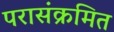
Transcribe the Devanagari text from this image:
परासंक्रमित